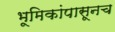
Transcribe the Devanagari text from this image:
भूमिकांपासूनच